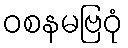
ဝစနမဗြဝုံ